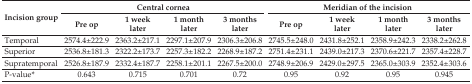
| <ROWSPAN=3> Incision group | <COLSPAN=4> Central cornea | <COLSPAN=4> Meridian of the incision |
 | Pre op | 1 week later | 1 month later | 3 months later | Pre op | 1 week later | 1 month later | 3 months later |
 | --- | --- | --- | --- | --- | --- | --- | --- | --- |
 | Temporal | 2574.4±222.9 | 2363.2±217.1 | 2297.1±207.9 | 2306.3±206.8 | 2745.5±248.0 | 2431.8±252.1 | 2358.9±242.3 | 2338.2±262.8 |
 | Superior | 2536.8±181.3 | 2322.2±173.7 | 2257.3±182.2 | 2268.9±187.2 | 2751.4±231.1 | 2439.0±217.3 | 2370.6±221.7 | 2357.4±228.7 |
 | Supratemporal | 2526.8±187.9 | 2332.4±187.7 | 2258.1±201.1 | 2267.5±200.0 | 2748.9±206.9 | 2429.0±297.5 | 2365.0±303.9 | 2352.4±303.6 |
 | P-value* | 0.643 | 0.715 | 0.701 | 0.72 | 0.95 | 0.92 | 0.95 | 0.945 |